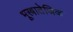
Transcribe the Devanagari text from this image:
भूस्त्रातेजिक